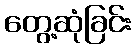
တွေ့ဆုံခြင်း